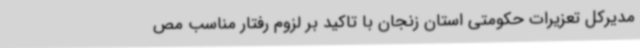
مدیرکل تعزیرات حکومتی استان زنجان با تاکید بر لزوم رفتار مناسب مص